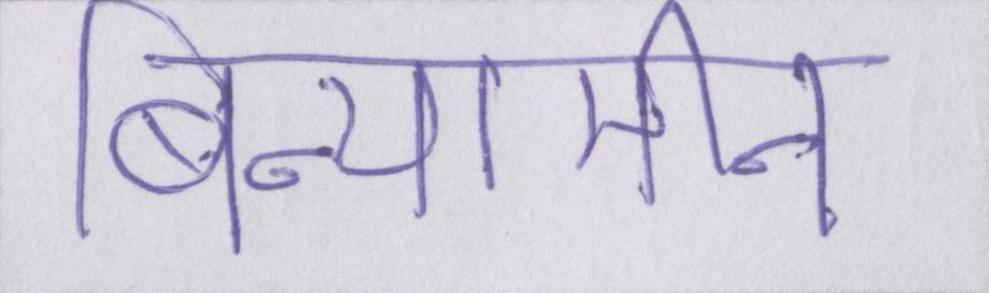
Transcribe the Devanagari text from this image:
बिन्यामीन